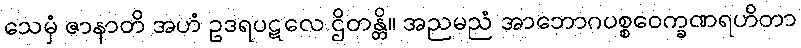
သေမှံ ဇာနာတိ အဟံ ဥဒရပဋလေ ဌိတန္တိ။ အညမညံ အာဘောဂပစ္စဝေက္ခဏရဟိတာ